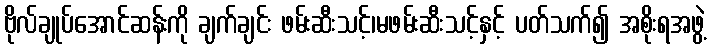
ဗိုလ်ချုပ်အောင်ဆန်းကို ချက်ချင်း ဖမ်းဆီးသင့်၊မဖမ်းဆီးသင့်နှင့် ပတ်သက်၍ အစိုးရအဖွဲ့